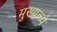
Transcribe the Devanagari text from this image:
मुख्यत्व्ये